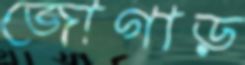
জোগাড়